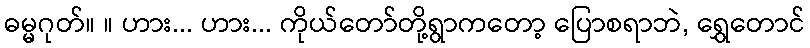
ဓမ္မဂုတ်။ ။ ဟား... ဟား... ကိုယ်တော်တို့ရွာကတော့ ပြောစရာဘဲ, ရွှေတောင်